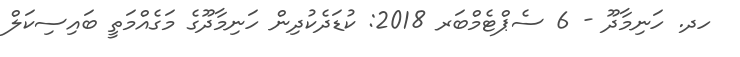
ހދ. ހަނިމާދޫ - 6 ސެޕްޓެމްބަރ 2018: ކުޑަދެކުދިން ހަނިމާދޫގެ މަގެއްމަތީ ބައިސިކަލް